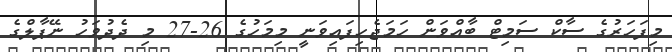
މިފަހަރުގެ ސާކް ސަމިޓް ބާއްވަން ހަމަޖެހިފައިވަނީ މިމަހުގެ 26-27 މި ދެދުވަހު ނޭޕާލްގެ